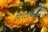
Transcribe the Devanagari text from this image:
इंटरट्रोपिकल